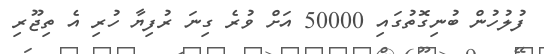
ފުލުހުން ބުނިގޮތުގައި 50000 އަށް ވުރެ ގިނަ ރުފިޔާ ހުރި އެ ތިޖޫރި